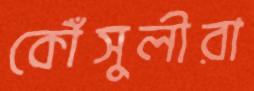
কৌঁসুলীরা